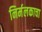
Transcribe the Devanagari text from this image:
निर्मलकाचा